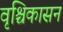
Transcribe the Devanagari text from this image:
वृश्चिकासन